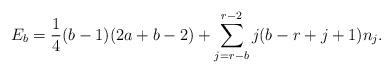
LaTeX: \begin{align*}E_b=\frac{1}{4}(b-1)(2a+b-2) + \sum_{j=r-b}^{r-2}j(b-r+j+1) n_j.\end{align*}